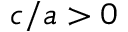
c / a > 0